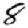
Digit: 8